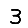
Digit: 3